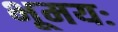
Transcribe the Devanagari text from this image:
भूमयः